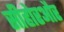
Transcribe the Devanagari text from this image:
सीहोरऔर